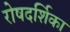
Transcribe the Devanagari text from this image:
रोषदर्शिका